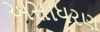
અસાધરણ